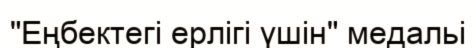
"Еңбектегi ерлiгi үшiн" медальі